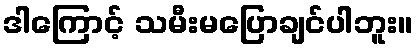
ဒါကြောင့် သမီးမပြောချင်ပါဘူး။